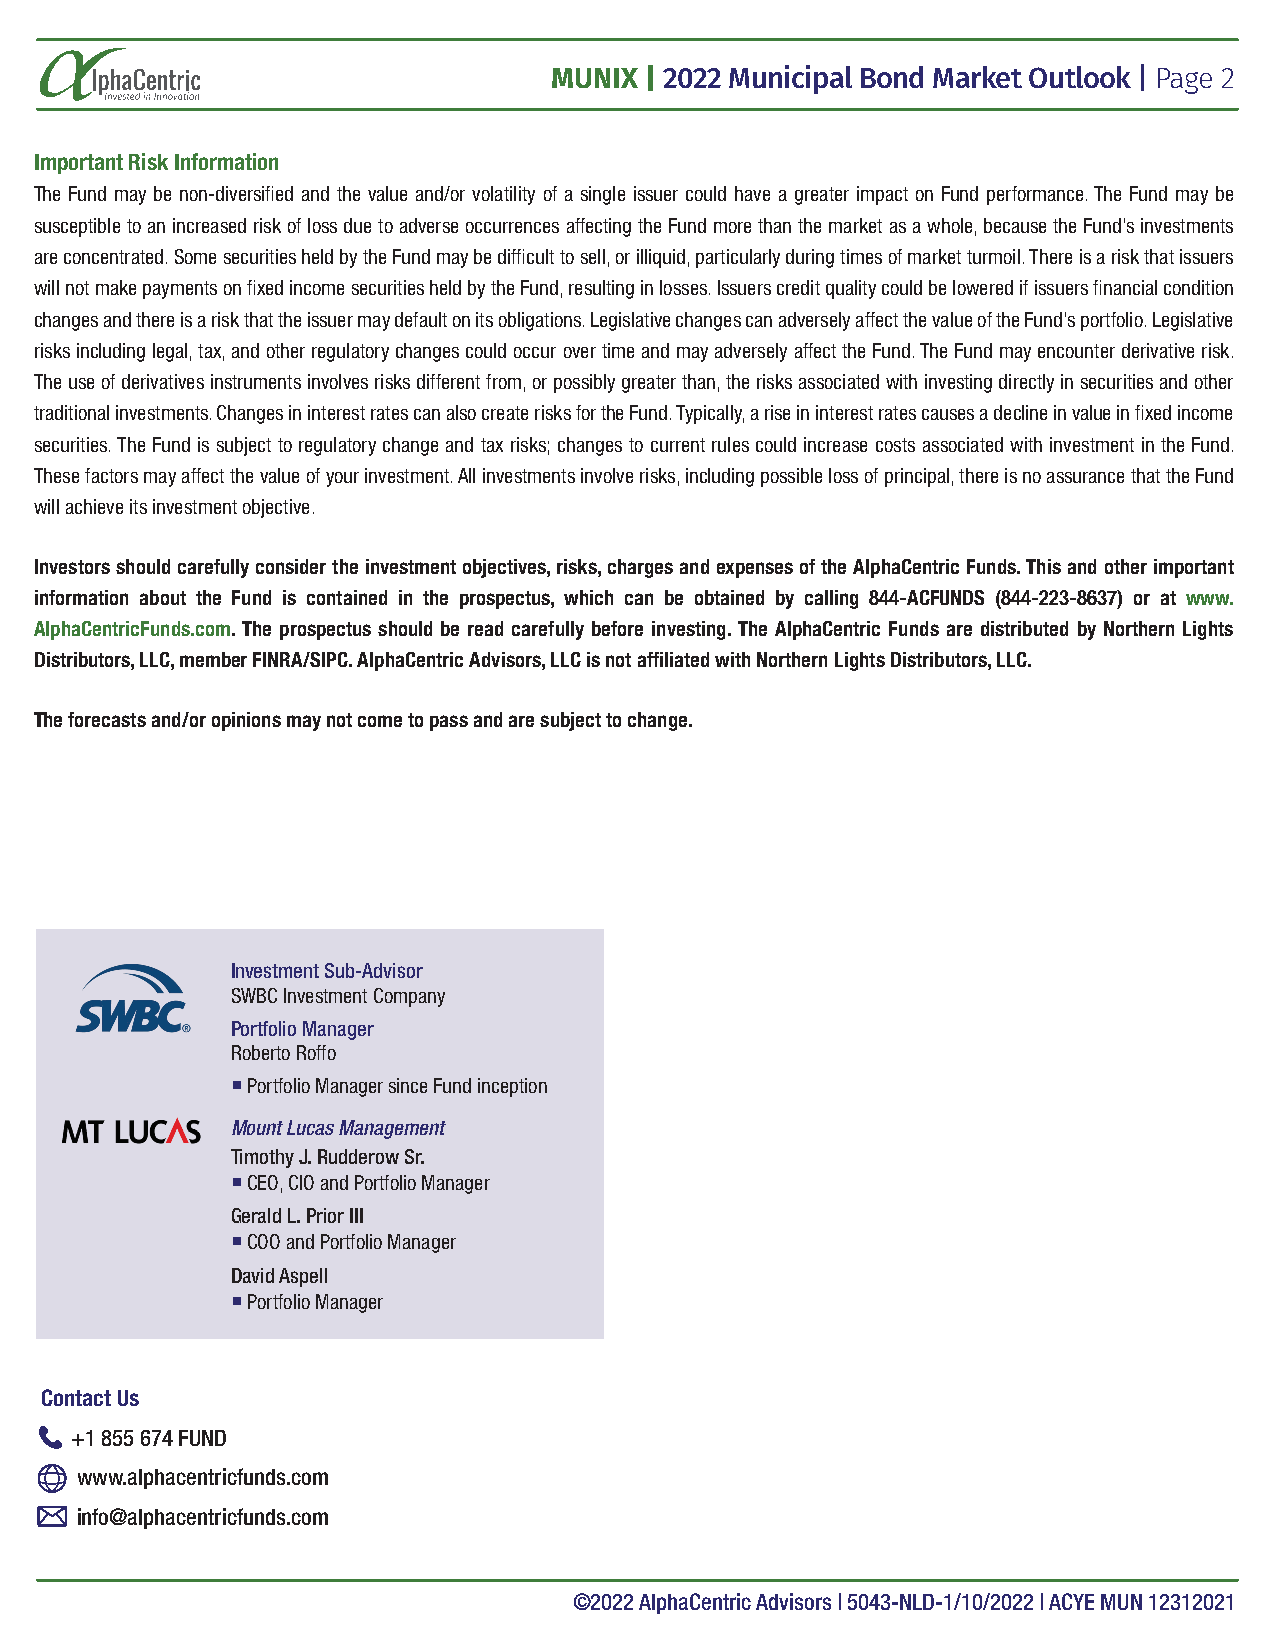
MUNIX | 2022 Municipal Bond Market Outlook | Page 2
 Important Risk Information
 The Fund may be non-diversified and the value and/or volatility of a single issuer could have a greater impact on Fund performance. The Fund may be
 susceptible to an increased risk of loss due to adverse occurrences affecting the Fund more than the market as a whole, because the Fund’s investments
 are concentrated. Some securities held by the Fund may be difficult to sell, or illiquid, particularly during times of market turmoil. There is a risk that issuers
 will not make payments on fixed income securities held by the Fund, resulting in losses. Issuers credit quality could be lowered if issuers financial condition
 changes and there is a risk that the issuer may default on its obligations. Legislative changes can adversely affect the value of the Fund’s portfolio. Legislative
 risks including legal, tax, and other regulatory changes could occur over time and may adversely affect the Fund. The Fund may encounter derivative risk.
 The use of derivatives instruments involves risks different from, or possibly greater than, the risks associated with investing directly in securities and other
 traditional investments. Changes in interest rates can also create risks for the Fund. Typically, a rise in interest rates causes a decline in value in fixed income
 securities. The Fund is subject to regulatory change and tax risks; changes to current rules could increase costs associated with investment in the Fund.
 These factors may affect the value of your investment. All investments involve risks, including possible loss of principal, there is no assurance that the Fund
 will achieve its investment objective.
 Investors should carefully consider the investment objectives, risks, charges and expenses of the AlphaCentric Funds. This and other important
 information about the Fund is contained in the prospectus, which can be obtained by calling 844-ACFUNDS (844-223-8637) or at www.
 AlphaCentricFunds.com. The prospectus should be read carefully before investing. The AlphaCentric Funds are distributed by Northern Lights
 Distributors, LLC, member FINRA/SIPC. AlphaCentric Advisors, LLC is not affiliated with Northern Lights Distributors, LLC.
 The forecasts and/or opinions may not come to pass and are subject to change.
 Investment Sub-Advisor
 SWBC Investment Company
 Portfolio Manager
 Roberto Roffo
  Portfolio Manager since Fund inception
 Mount Lucas Management
 Timothy J. Rudderow Sr.
  CEO, CIO and Portfolio Manager
 Gerald L. Prior III
  COO and Portfolio Manager
 David Aspell
  Portfolio Manager
 Contact Us
 +1 855 674 FUND
 www.alphacentricfunds.com
 info@alphacentricfunds.com
 ©2022 AlphaCentric Advisors | 5043-NLD-1/10/2022 | ACYE MUN 12312021